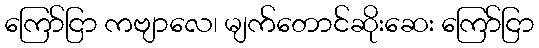
ကြော်ငြာ ကဗျာလေ၊ မျက်တောင်ဆိုးဆေး ကြော်ငြာ